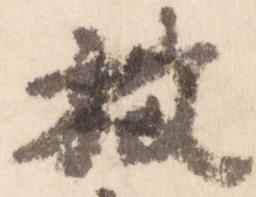
放